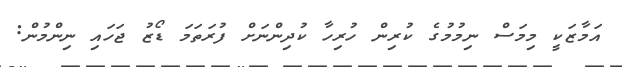
އަމާޒަކީ މިމަސް ނިމުމުގެ ކުރިން ހުރިހާ ކުދިންނަށް ފުރަތަމަ ޑޯޒު ޖަހައި ނިންމުން: